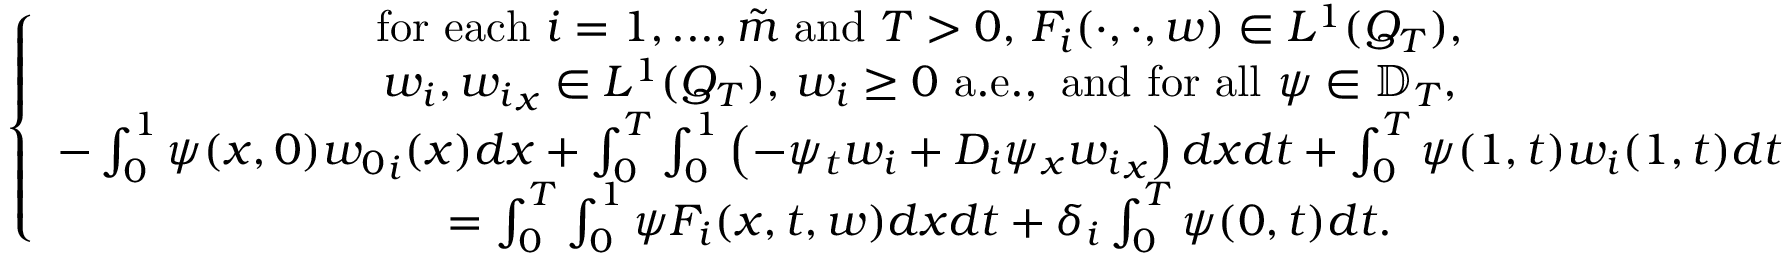
\left\{ \begin{array} { c } { \mathrm { f o r ~ e a c h ~ } i = 1 , . . . , \tilde { m } \mathrm { ~ a n d ~ } T > 0 , \, F _ { i } ( \cdot , \cdot , w ) \in L ^ { 1 } ( Q _ { T } ) , } \\ { w _ { i } , { w _ { i } } _ { x } \in L ^ { 1 } ( Q _ { T } ) , \, w _ { i } \ge 0 \mathrm { ~ a . e . , ~ a n d ~ f o r ~ a l l ~ } \psi \in \mathbb { D } _ { T } , } \\ { - \int _ { 0 } ^ { 1 } \psi ( x , 0 ) { w _ { 0 } } _ { i } ( x ) d x + \int _ { 0 } ^ { T } \int _ { 0 } ^ { 1 } \left( - \psi _ { t } w _ { i } + D _ { i } \psi _ { x } { w _ { i } } _ { x } \right) d x d t + \int _ { 0 } ^ { T } \psi ( 1 , t ) w _ { i } ( 1 , t ) d t } \\ { = \int _ { 0 } ^ { T } \int _ { 0 } ^ { 1 } \psi F _ { i } ( x , t , w ) d x d t + \delta _ { i } \int _ { 0 } ^ { T } \psi ( 0 , t ) d t . } \end{array} \right.